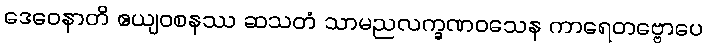
ဒေဝေနာတိ ဧယျဝစနဿ ဆသတံ သာမညလက္ခဏဝသေန ကာရေတဗ္ဗောပေ